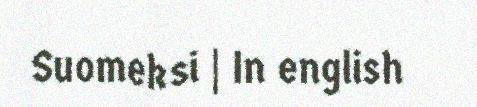
Suomeksi | In english